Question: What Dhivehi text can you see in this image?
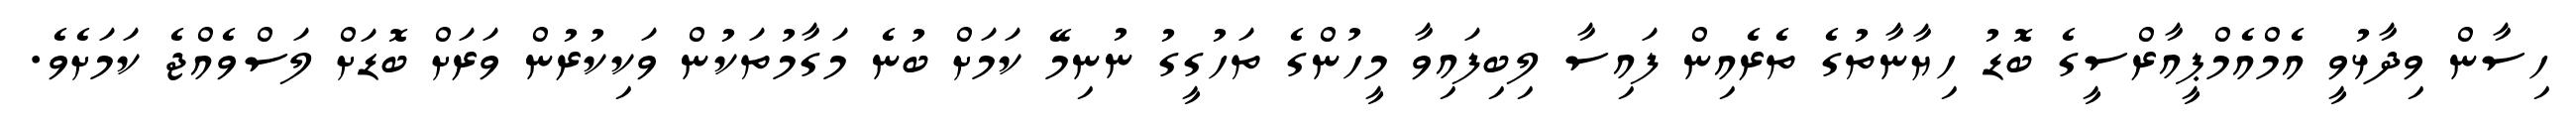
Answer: ހިސާން ވިދާޅުވީ އެމްއެމްޕީއާރްސީގެ ބޮޑު ހިޔާނާތުގެ ތެރެއިން ފައިސާ ލިބިފައިވާ މީހުންގެ ތަހުގީގު ނުނިމޭ ކަމަށް ބުނެ މަގާމުތަކުން ވަކިކުރުން ވަރަށް ބޮޑަށް ލަސްވެއްޖެ ކަމަށެވެ.